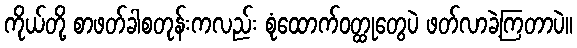
ကိုယ်တို့ စာဖတ်ခါစတုန်းကလည်း စုံထောက်ဝတ္ထုတွေပဲ ဖတ်လာခဲ့ကြတာပဲ။